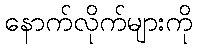
နောက်လိုက်များကို